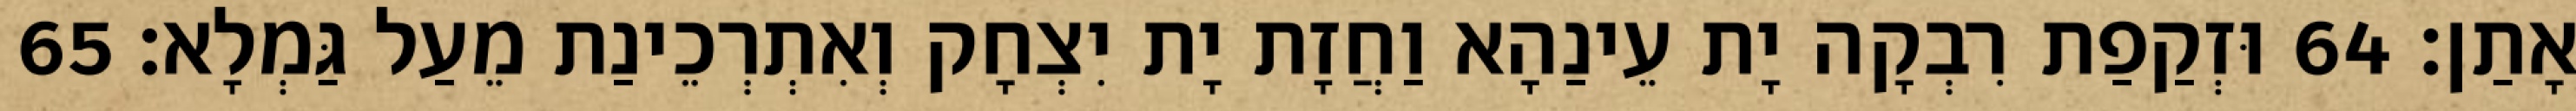
אָתַן׃ 64 וּזְקַפַת רִבְקָה יָת עֵינַהָא וַחֲזָת יָת יִצְחָק וְאִתְרְכֵינַת מֵעַל גַּמְלָא׃ 65